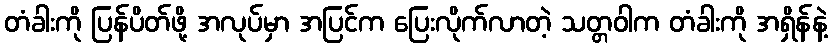
တံခါးကို ပြန်ပိတ်ဖို့ အလုပ်မှာ အပြင်က ပြေးလိုက်လာတဲ့ သတ္တဝါက တံခါးကို အရှိန်နဲ့